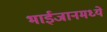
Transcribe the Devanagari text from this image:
भाईजानमध्ये